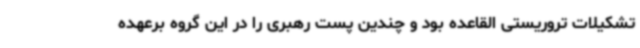
تشکیلات تروریستی القاعده بود و چندین پست رهبری را در این گروه برعهده